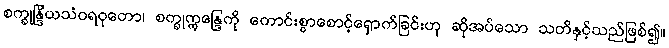
စက္ခုန္ဒြိယသံဝရဝုတော၊ စက္ခုဣန္ဒြေကို ကောင်းစွာစောင့်ရှောက်ခြင်းဟု ဆိုအပ်သော သတိနှင့်သည်ဖြစ်၍။